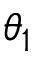
\theta _ { 1 }